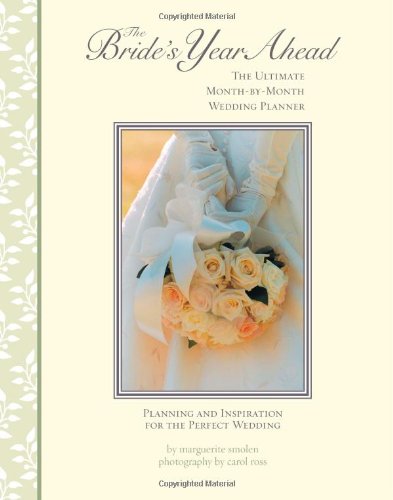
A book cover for Bride's Year Ahead: The Ultimate Month by Month Wedding Planner; Marguerite Smolen; Carol Ross; Crafts, Hobbies & Home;